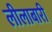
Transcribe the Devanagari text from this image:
लीलाबारी